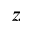
z